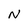
Character: N